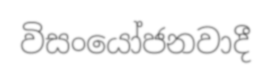
විසංයෝජනවාදී